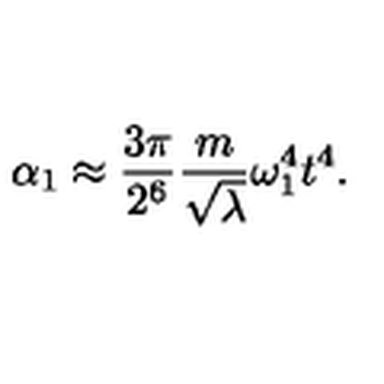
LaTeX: \alpha _ { 1 } \approx \frac { 3 \pi } { 2 ^ { 6 } } \frac { m } { \sqrt \lambda } \omega _ { 1 } ^ { 4 } t ^ { 4 } .